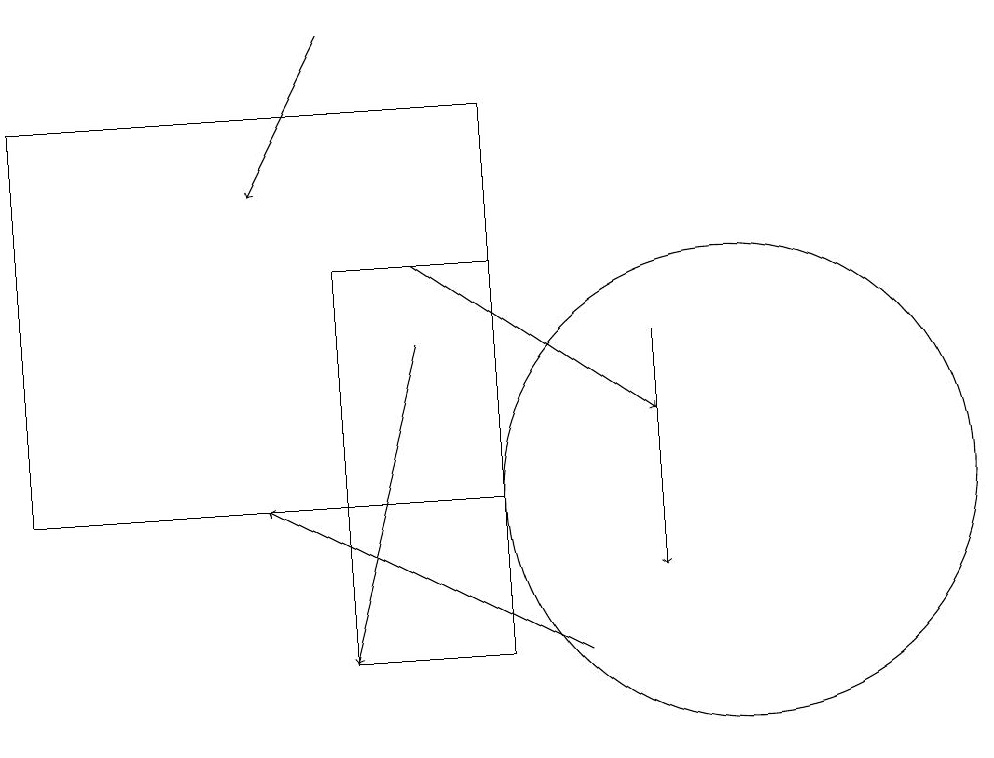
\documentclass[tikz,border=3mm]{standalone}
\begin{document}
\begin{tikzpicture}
\draw (7,15) rectangle (5,10);
\draw[->] (5,18) -- (4,16);
\draw (10,12) circle (3);
\draw[->] (9,14) -- (9,11);
\draw (1,17) rectangle (7,12);
\draw[->] (6,14) -- (5,10);
\draw[->] (8,10) -- (4,12);
\draw[->] (6,15) -- (9,13);
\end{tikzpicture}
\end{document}